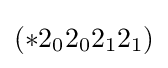
(*2_{0}2_{0}2_{1}2_{1})